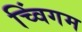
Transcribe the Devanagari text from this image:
च्विंगम